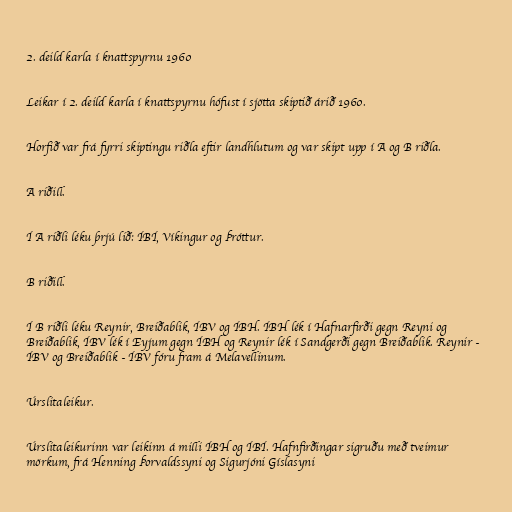
2. deild karla í knattspyrnu 1960

Leikar í 2. deild karla í knattspyrnu hófust í sjötta skiptið árið 1960.

Horfið var frá fyrri skiptingu riðla eftir landhlutum og var skipt upp í A og B riðla.

A riðill.

Í A riðli léku þrjú lið: ÍBÍ, Víkingur og Þróttur.

B riðill.

Í B riðli léku Reynir, Breiðablik, ÍBV og ÍBH. ÍBH lék í Hafnarfirði gegn Reyni og
Breiðablik, ÍBV lék í Eyjum gegn ÍBH og Reynir lék í Sandgerði gegn Breiðablik. Reynir -
ÍBV og Breiðablik - ÍBV fóru fram á Melavellinum.

Úrslitaleikur.

Úrslitaleikurinn var leikinn á milli ÍBH og ÍBÍ. Hafnfirðingar sigruðu með tveimur
mörkum, frá Henning Þorvaldssyni og Sigurjóni Gíslasyni